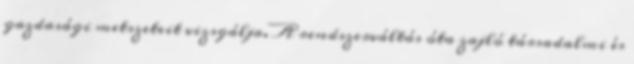
gazdasági metszeteit vizsgálja. A rendszerváltás óta zajló társadalmi és